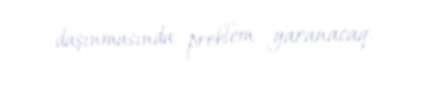
daşınmasında problem yaranacaq.